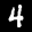
Label: 4